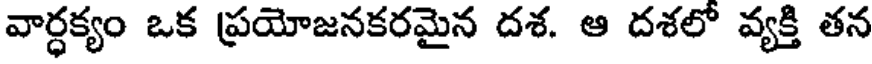
వార్ధక్యం ఒక ప్రయోజనకరమైన దశ. ఆ దశలో వ్యక్తి తన